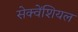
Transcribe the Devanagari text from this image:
सेक्वेंशियल